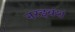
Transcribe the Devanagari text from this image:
नरइवंश